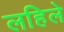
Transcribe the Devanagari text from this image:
लहिले